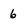
Character: 6